Vaccination United Provinces of Agra and Oudh 1914-1922 - 1914-1922
Year: 1914
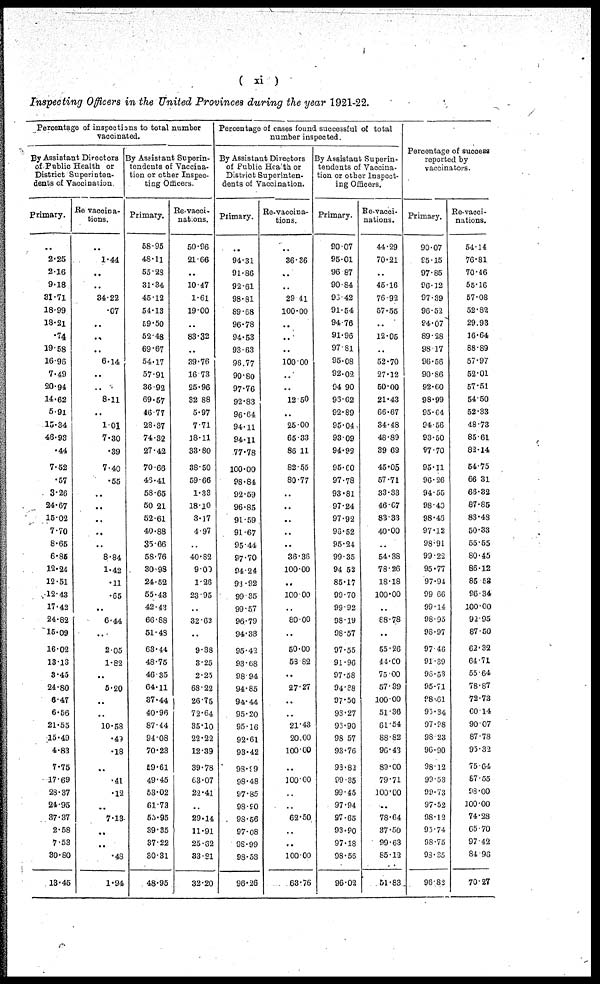
( xi )
Inspecting Officers in the United Provinces during the year 1921-22.
Percentage of inspections to total number
vaccinated.
By Assistant Directors
of Public Health or
District Superinten¬
dents of Vaccination.
Primary.
..
2.25
2.16
9.18
31.71
18.99
18.21
.74
19.58
16.96
7.49
20.94
14.62
5.91
15.34
48.93
.44
7.52
.57
3.26
24.67
15.02
7.70
8.65
6.85
12.24
12.51
12.43
17.42
24.82
15.09
16.02
13.13
3.45
24.80
6.47
6.56
21.55
15.49
4.83
7.75
17.69
28.37
24.95
37.37
2.58
7.53
30.80
13.45
Re-vaccina¬
tions.
..
1.44
..
..
34.22
.07
..
..
..
6.14
..
..
8.11
..
1.01
7.30
.39
7.40
.55
..
..
..
..
..
8.84
1.42
.11
.65
..
6.44
. .
2.05
1.82
..
5.20
..
..
10.58
.49
.18
..
.41
.12
7.13
..
..
.48
1.94
By Assistant Superin¬
tendents of Vaccina-
tion or other Inspec-
ting Officers.
Primary.
58.95
48.11
55.28
31.34
45.12
54.13
59.50
52.48
69.67
54.17
57.91
36.92
69.57
46.77
28.37
74.32
27.42
70.66
46.41
58.65
50.21
52.61
40.88
35.66
58.76
30.98
24.52
55.43
42.43
66.88
51.48
63.44
48.75
46.35
64.11
37.44
40.96
87.44
94.08
70.23
59.61
49.45
53.02
61.73
55.95
39.35
37.22
30.31
48.95
Re-vacci¬
nations.
50.96
21.66
..
10.47
1.61
19.00
83.32
..
39.76
16.73
25.96
32.88
5.97
7.71
18.11
33.80
38.50
59.66
1.33
18.10
3.17
4.97
..
40.82
9.00
1.26
23.95
..
32.63
..
9.38
3.25
2.25
68.22
26.75
72.64
35.10
22.22
12.39
39.78
63.07
22.41
..
29.14
11.91
25.32
33.81
32.20
Percentage of cases found successful of total
number inspected.
By Assistant Directors
of Public Heath or
District Superinten-
dents of Vaccination.
Primary.
..
94.31
91.86
92.61
98.81
89.68
96.78
94.53
93.63
96.77
90.80
97.76
92.83
96.64
94.11
94.11
77.78
100.00
98.84
92.59
96.85
91.59
91.67
95.44
97.70
94.24
93.92
99.35
99.57
96.79
94.33
95.42
93.68
98.94
94.85
94.44
95.20
95.16
92.61
93.42
98.99
98.48
97.85
99.90
98.56
97.08
98.99
98.53
96.26
Re-vaccina-
tions.
..
36.36
..
..
29.41
100.00
..
..
..
100.00
..
..
12.50
..
25.00
65.33
86.11
82.55
80.77
..
..
..
..
..
36.36
100.00
..
100.00
..
80.00
..
50.00
58.82
..
27.27
..
..
21.43
20.00
100.00
..
100.00
..
..
62.50
..
..
100.00
63.76
By Assistant Superin-
tendents of Vaccina¬
tion or other Inspect-
ing Officers.
Primary.
90.07
95.01
96.87
90.84
93.42
91.54
94.76
91.96
97.81
95.08
92.02
94.90
93.62
92.89
95.04
93.09
94.92
95.00
97.78
93.81
97.24
97.92
96.52
95.24
99.35
94.52
85.17
99.70
99.92
98.19
98.57
97.55
91.96
97.58
94.38
97.50
93.27
93.90
93.57
93.75
98.82
99.35
99.45
97.94
97.65
93.90
97.18
98.55
96.02
Re-vacci¬
nations.
44.29
70.21
..
45.16
76.92
57.55
..
12.05
..
52.70
27.12
50.00
21.43
66.67
34.48
48.89
39.69
45.05
57.71
33.33
46.07
83.33
40.00
..
54.38
78.26
18.18
100.00
..
88.78
..
55.26
44.00
75.00
57.39
100.00
51.36
61.54
88.82
96.43
89.00
79.71
100.00
..
78.64
37.50
99.63
85.12
51.83
Percentage of success
reported by
vaccinators.
Primary.
90.07
95.15
97.85
96.12
97.39
96.52
94.07
89.28
98.17
96.56
90.86
92.60
98.99
95.64
94.56
93.50
97.70
95.11
96.26
94.55
98.40
98.46
97.12
98.91
99.22
95.77
97.94
99.66
99.14
98.95
98.97
97.46
91.39
96.53
95.71
98.61
95.34
97.98
93.23
96.90
98.12
99.53
99.73
97.52
98.12
95.74
98.75
93.35
96.82
Re-vacci¬
nations.
54.14
76.81
70.46
55.16
57.08
52.82
29.93
16.64
88.89
57.97
52.01
57.51
54.50
52.33
48.73
85.61
82.14
54.75
66.31
66.32
87.86
83.48
50.33
55.55
80.45
86.12
85.53
96.34
100.00
92.95
87.50
62.32
64.71
55.64
78.87
72.73
60.14
90.07
87.78
95.32
75.64
87.55
98.00
100.00
74.28
65.70
97.42
84.96
70.27